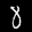
Label: 8